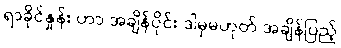
ရာခိုင်နှုန်း ဟာ အချိန်ပိုင်း ဒါမှမဟုတ် အချိန်ပြည့်